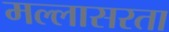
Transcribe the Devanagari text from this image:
मल्लासरता